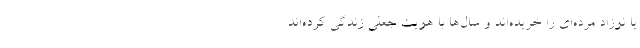
يا نوزاد مرده‌اي را خريده‌اند و سال‌ها با هويت جعلي زندگي كرده‌اند